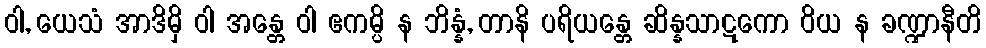
ဝါ, ယေသံ အာဒိမှိ ဝါ အန္တေ ဝါ ဧကမ္ပိ န ဘိန္နံ, တာနိ ပရိယန္တေ ဆိန္နသာဋကော ဝိယ န ခဏ္ဍာနီတိ